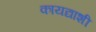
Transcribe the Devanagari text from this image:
कायद्याशी